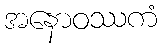
အနောဝဿကံ